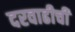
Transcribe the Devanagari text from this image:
दरवाढीची